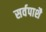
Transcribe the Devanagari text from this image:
सर्वपाशै